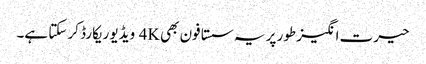
حیرت انگیز طور پر یہ سستا فون بھی 4K ویڈیو ریکارڈ کر سکتا ہے۔